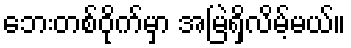
ဘေးတစ်ဝိုက်မှာ အမြဲရှိလိမ့်မယ်။